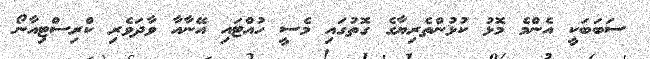
ސަބަބަކީ އެންމެ މޮޅު ކުޅުންތެރިޔާގެ ގޮތުގައި މެސީ ހުއްޓައި އޭނާއާ ވާދަވެރި ކްރިސްޓިއާނޯ